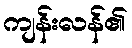
ကျန်းလန်၏